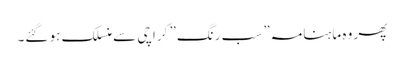
پھر وہ ماہنامہ” سب رنگ” کراچی سے منسلک ہو گئے۔